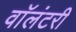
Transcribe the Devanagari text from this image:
वाॅलंटरी